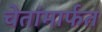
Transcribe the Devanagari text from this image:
चेतांमार्फत